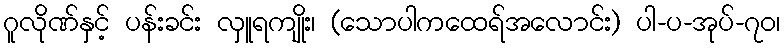
ဂူလိုဏ်နှင့် ပန်းခင်း လှူရကျိုး၊ (သောပါကထေရ်အလောင်း) ပါ-ပ-အုပ်-၇၀၊